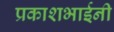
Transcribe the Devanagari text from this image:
प्रकाशभाईनी